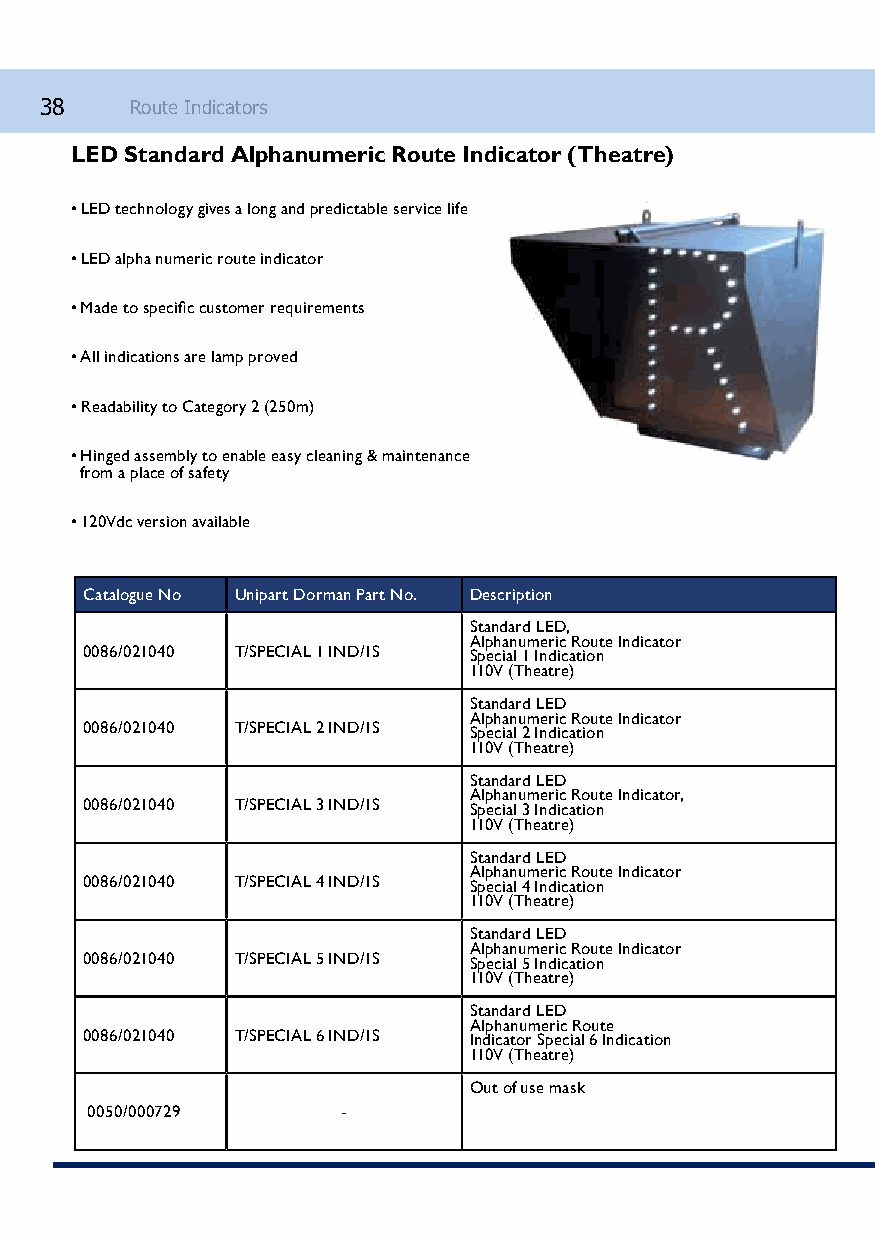
38    Route Indicators
 LED Standard Alphanumeric Route Indicator (Theatre)
 • LED technology gives a long and predictable service life
 • LED alpha numeric route indicator
 • Made to specific customer requirements
 • All indications are lamp proved
 • Readability to Category 2 (250m)
 • Hinged assembly to enable easy cleaning & maintenance
 from a place of safety
 • 120Vdc version available
 Catalogue No Unipart Dorman Part No. Description
 Standard LED,
 Alphanumeric Route Indicator
 0086/021040 T/SPECIAL 1 IND/1S Special 1 Indication
 110V (Theatre)
 Standard LED
 Alphanumeric Route Indicator
 0086/021040 T/SPECIAL 2 IND/1S Special 2 Indication
 110V (Theatre)
 Standard LED
 Alphanumeric Route Indicator,
 0086/021040 T/SPECIAL 3 IND/1S Special 3 Indication
 110V (Theatre)
 Standard LED
 Alphanumeric Route Indicator
 0086/021040 T/SPECIAL 4 IND/1S Special 4 Indication
 110V (Theatre)
 Standard LED
 Alphanumeric Route Indicator
 0086/021040 T/SPECIAL 5 IND/1S Special 5 Indication
 110V (Theatre)
 Standard LED
 Alphanumeric Route
 0086/021040 T/SPECIAL 6 IND/1S Indicator Special 6 Indication
 110V (Theatre)
 Out of use mask
 0050/000729      -